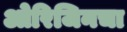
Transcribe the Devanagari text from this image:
ओरिजिनचा